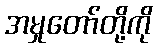
အမှုတော်တို့ကို